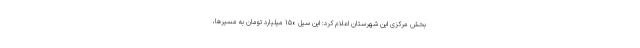
بخش مرکزی این شهرستان اعلام کرد: این سیل ۱۵۰ میلیارد تومان به مسیرها،